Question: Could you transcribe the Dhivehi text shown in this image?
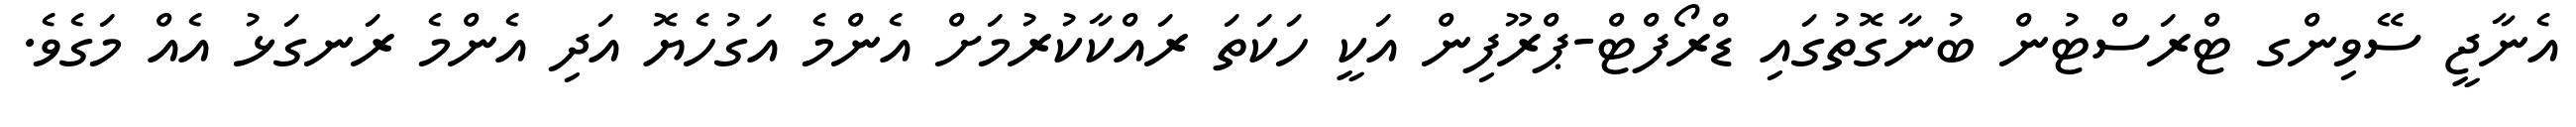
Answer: އެނާޖީ ސޭވިންގ ޓްރަސްޓުން ބުނާގޮތުގައި ޑްރޯފްޓް-ޕްރޫފިން އަކީ ހަކަތަ ރައްކާކުރުމަށް އެންމެ އަގުހެޔޮ އަދި އެންމެ ރަނގަޅު އެއް މަގެވެ.